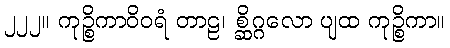
၂၂၂။ ကုဉ္စိကာဝိဝရံ တာဠ၊ စ္ဆိဂ္ဂလော ပျထ ကုဉ္စိကာ။